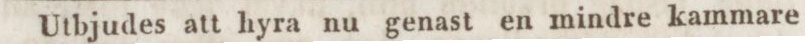
Utbjudes att hyra nu genast en mindre kammare